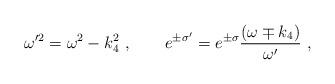
LaTeX: \begin{align*}\omega'^2= \omega^2- k_4^2 \ , \qquad e^{\pm \sigma'}=e^{\pm \sigma} {(\omega \mp k_4)\over \omega'}\ , \end{align*}